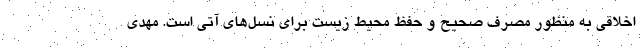
اخلاقی به منظور مصرف صحیح و حفظ محیط زیست برای نسل‌های آتی است. مهدی